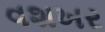
વશખર